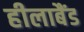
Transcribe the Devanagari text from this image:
हीलाबैंड